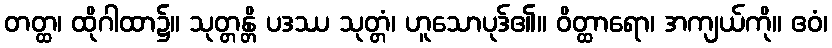
တတ္ထ၊ ထိုဂါထာ၌။ သုတ္တန္တိ ပဒဿ သုတ္တံ၊ ဟူသောပုဒ်၏။ ဝိတ္ထာရော၊ အကျယ်ကို။ ဧဝံ၊